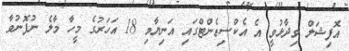
އޮފިޝަލް ވިދާޅުވީ އެ އެކްސިޑެންޓްގައި އަނިޔާވި 18 އަހަރުގެ މީހާ މާލެ ނުފޮނުވާ